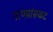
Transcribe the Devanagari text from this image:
गाण्य़ांसकट